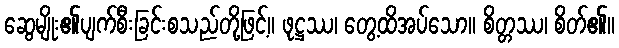
ဆွေမျိုး၏ပျက်စီးခြင်းစသည်တို့ဖြင့်။ ဖုဋ္ဌဿ၊ တွေ့ထိအပ်သော။ စိတ္တဿ၊ စိတ်၏။